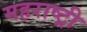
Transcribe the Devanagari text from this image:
महराष्ट्री